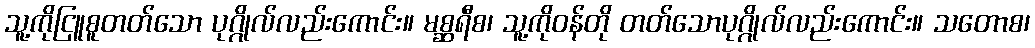
သူ့ကိုငြူစူတတ်သော ပုဂ္ဂိုလ်လည်းကောင်း။ မစ္ဆရီစ၊ သူ့ကိုဝန်တို တတ်သောပုဂ္ဂိုလ်လည်းကောင်း။ သတောစ၊